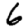
Digit: 6